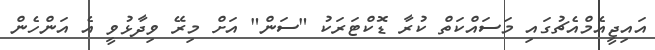
އައިޖީއެމްއެޗުގައި މަސައްކަތް ކުރާ ޑޮކްޓަރަކު "ސަން" އަށް މިރޭ ވިދާޅުވީ އެ އަންހެން